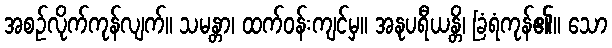
အစဉ်လိုက်ကုန်လျက်။ သမန္တာ၊ ထက်ဝန်းကျင်မှ။ အနုပရီယန္တိ၊ ခြံရံကုန်၏။ သော